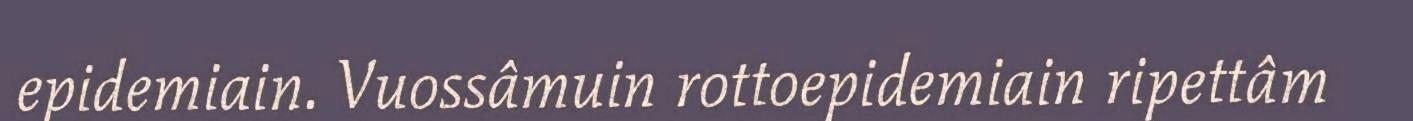
epidemiain. Vuossâmuin rottoepidemiain ripettâm